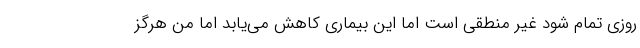
روزی تمام شود غیر منطقی است اما این بیماری کاهش می‌یابد اما من هرگز